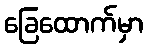
ခြေထောက်မှာ